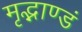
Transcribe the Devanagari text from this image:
मृद्भाण्डं